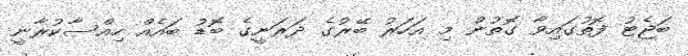
ބަޖެޓު ފޮތުގައިވާ ގޮތުން މި އަހަރު ބޭރުގެ ދަރަނީގެ ބޮޑު ބައެއް ހިއްސާކުރާނީ